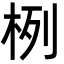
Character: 栵